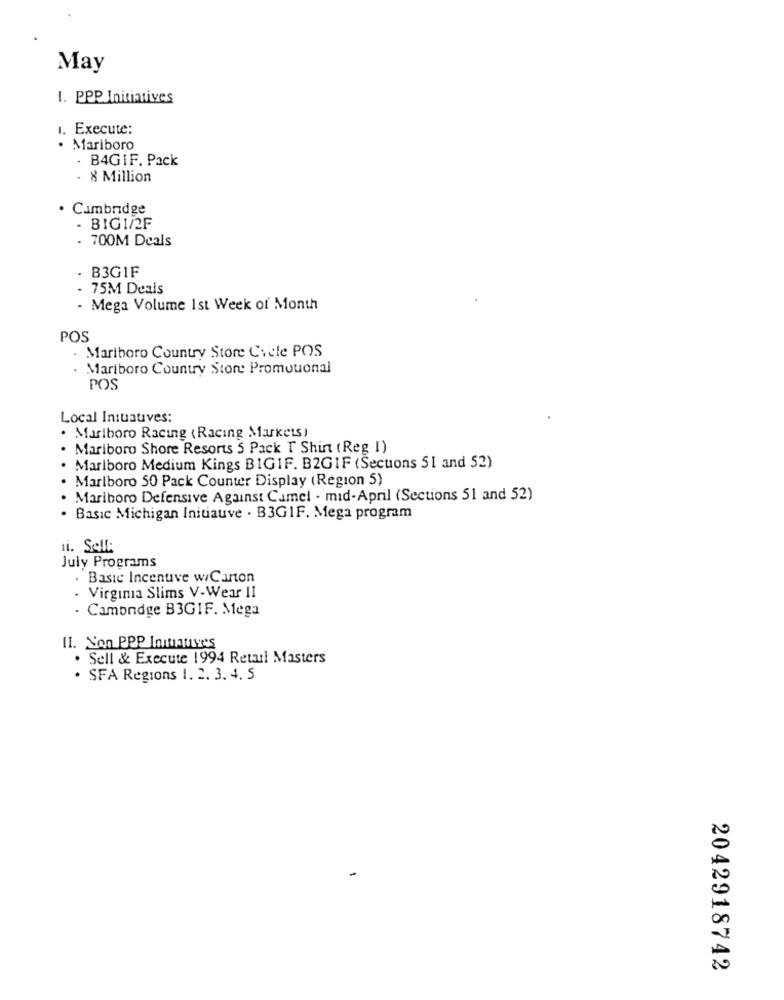
May
1. PPP Initiatives
1. Execute:
· Mariboro
- B4GIF. Pack
- 8 Million
Cambridge
- BIGI/2F
. 700M Deals
B3G1F
- 75M Deals
- Mega Volume 1st Week of Month
POS
Marlboro Country Store Cycle POS
Marlboro Country Store Promouonal
POS
Local In:tatives:
Marlboro Racing (Racing Markets)
Marlboro Shore Resorts 5 Pack T Shin ( Reg I)
Marlboro Medium Kings BIGIF. B2GIF (Secuons 51 and 52)
Marlboro 50 Pack Counter Display (Region 5)
Mariboro Defensive Against Cumel - mid- April (Sections 51 and 52)
· Basic Michigan Initiauve · B3GIF. Mega program
July Programs
. Basic Incentive w/Carton
. Virginia Slims V-Wear II
. Camondge B3GIF. Mega
11. Non PPP Inmany's
. Sell & Execute 1994 Retari Masters
· SFA Regions 1. 2. 3. 4. 5
2042918742